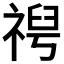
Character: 𫀕